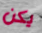
يكن